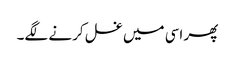
پھر اسی میں غسل کرنے لگے۔